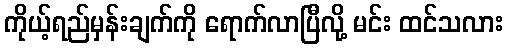
ကိုယ့်ရည်မှန်းချက်ကို ရောက်လာပြီလို့ မင်း ထင်သလား